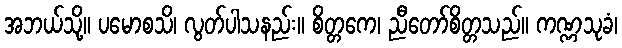
အဘယ်သို့။ ပမောစသိ၊ လွတ်ပါသနည်း။ စိတ္တကေ၊ ညီတော်စိတ္တသည်။ ကဏ္ဏသုခံ၊